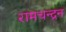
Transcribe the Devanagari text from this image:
रामचन्‍द्रन